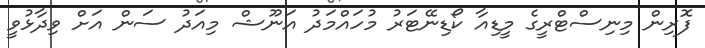
ފޮރިން މިނިސްޓްރީގެ މީޑިއާ ކޯޑިނޭޓަރު މުހައްމަދު އަނޫޝް މިއަދު ސަން އަށް ވިދާޅުވީ